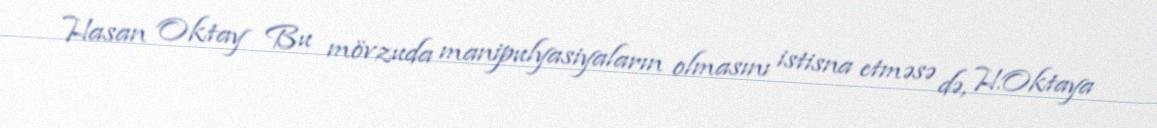
Hasan Oktay Bu mövzuda manipulyasiyaların olmasını istisna etməsə də, H.Oktaya